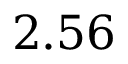
2 . 5 6